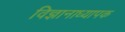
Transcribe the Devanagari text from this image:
विज्ञानाध्यापक